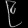
Digit: ၉